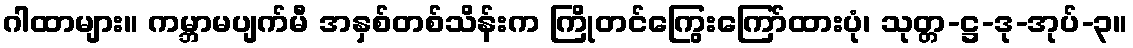
ဂါထာများ။ ကမ္ဘာမပျက်မီ အနှစ်တစ်သိန်းက ကြိုတင်ကြွေးကြော်ထားပုံ၊ သုတ္တ-ဋ္ဌ-ဒု-အုပ်-၃။